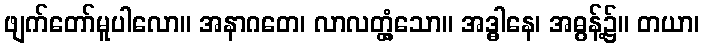
ဖျက်တော်မူပါလော။ အနာဂတေ၊ လာလတ္တံ့သော။ အဒ္ဓါနေ၊ အဓွန့်၌။ တယာ၊